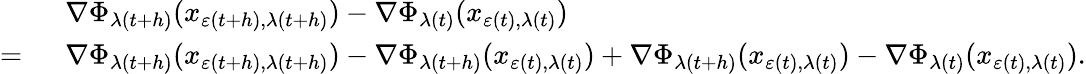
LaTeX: \begin{array}{rl}&{\nabla\Phi_{\lambda(t+h)}(x_{\varepsilon(t+h),\lambda(t+h)})-\nabla\Phi_{\lambda(t)}(x_{\varepsilon(t),\lambda(t)})}\\ {=\ }&{\nabla\Phi_{\lambda(t+h)}(x_{\varepsilon(t+h),\lambda(t+h)})-\nabla\Phi_{\lambda(t+h)}(x_{\varepsilon(t),\lambda(t)})+\nabla\Phi_{\lambda(t+h)}(x_{\varepsilon(t),\lambda(t)})-\nabla\Phi_{\lambda(t)}(x_{\varepsilon(t),\lambda(t)}).}\end{array}